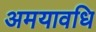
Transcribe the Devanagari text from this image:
अमयावधि